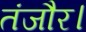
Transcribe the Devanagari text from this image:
तंजौर।